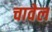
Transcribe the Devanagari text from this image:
चावेल